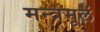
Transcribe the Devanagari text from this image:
मन्त्रमूलं